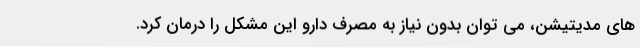
های مدیتیشن، می توان بدون نیاز به مصرف دارو این مشکل را درمان کرد.